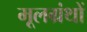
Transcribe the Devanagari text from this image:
मूलग्रंथों